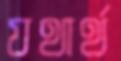
যথার্থ